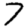
Digit: 7